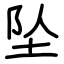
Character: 坠